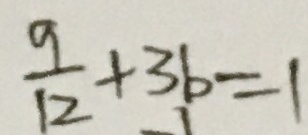
\frac { 9 } { 1 2 } + 3 b = 1